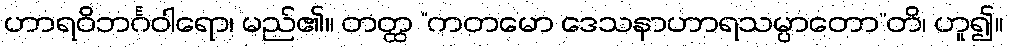
ဟာရဝိဘင်္ဂဝါရော၊ မည်၏။ တတ္ထ “ကတမော ဒေသနာဟာရသမ္ပာတော”တိ၊ ဟူ၍။